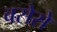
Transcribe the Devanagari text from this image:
बसेसे